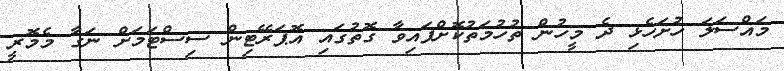
މައްސަލަ ހުށަހެޅި ދެ މީހުން ތުހުމަތުކޮށްފައިވާ ގޮތުގައި އޮޕަރޭޓިން ސިސްޓަމަށް ނަގާ މެމޮރީ